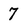
Character: 7